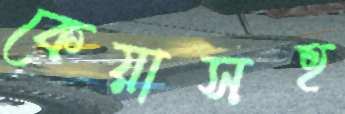
কেয়াসহ